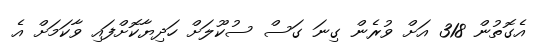
އެގޮތުން 318 އަށް ވުރެން ގިނަ ގަސް ސުކޫލަށް ހަދިޔާކޮށްފައި ވާކަމަށް އެ